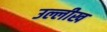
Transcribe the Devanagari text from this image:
उल्लीख